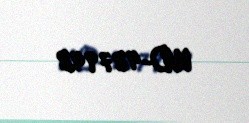
WD-487948